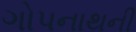
ગોપનાથની